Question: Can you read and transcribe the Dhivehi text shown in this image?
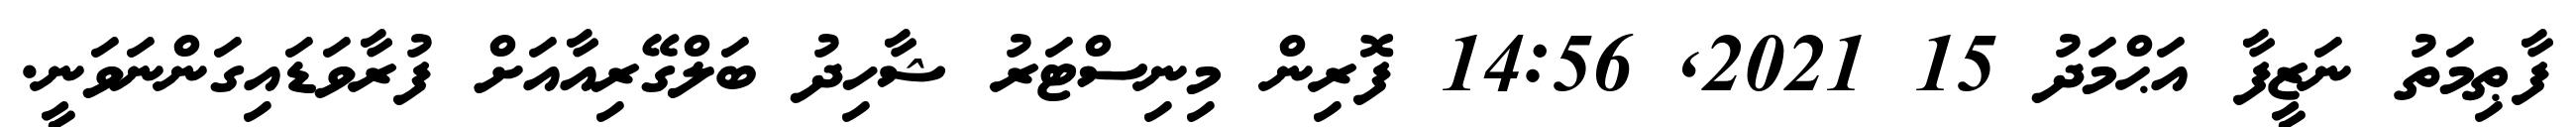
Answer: ފާޠިމަތު ނަޒީފާ އަޙްމަދު 15 2021, 14:56 ފޮރިން މިނިސްޓަރު ޝާހިދު ބަލްގޭރިއާއަށް ފުރާވަޑައިގަންނަވަނީ.